Punjab Mental Hospital Lahore 1932-46 - 1932-1946
Year: 1932
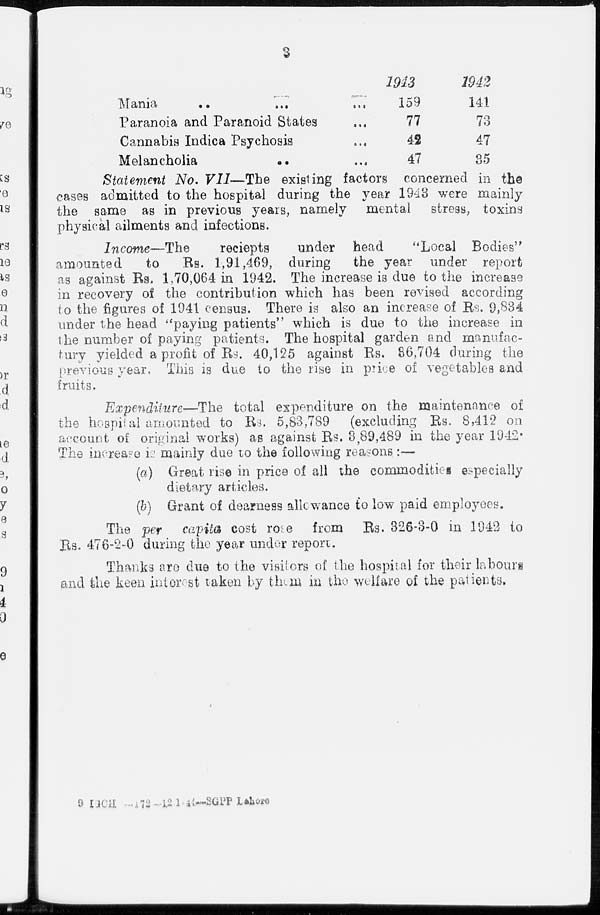
3
Mania
...
...
...
Paranoia and Paranoid States ...
Cannabis Indica Psychosis ...
Melancholia
...
...
1943
159
77
42
47
1942
141
73
47
35
Statement No. VII—The existing factors concerned in the
cases admitted to the hospital during the year 1943 were mainly
the same as in previous years, namely mental stress, toxins
physical ailments and infections.
Income—The
reciepts
under head
''Local Bodies"
amounted
to
Rs. 1,91,469, during
the year under report
as against Rs. 1,70,064 in 1942. The increase is due to the increase
in recovery of the contribution which has been revised according
to the figures of 1941 census. There is also an increase of Rs. 9,834
under the head "paying patients'' which is due to the increase in
the number of paying patients. The hospital garden and manufac-
tury yielded a profit of Rs. 40,125 against Rs. 36,704 during the
previous year. This is due to the rise in price of vegetables and
fruits.
Expenditure—The total expenditure on the maintenance of
the hospital amounted to Rs. 5,83,789
(excluding Rs. 8,412 on
account of original works) as against Rs. 3,89,489 in the year 19-12-
The increase is mainly due to the following reasons:—
(a) Great rise in price of all the commodities especially
dietary articles.
(b) Grant of dearness allowance to low paid employees.
The per capita cost rose from Rs. 326-3-0 in 1942 to
Rs. 476-2-0 during the year under report.
Thanks are due to the visitors of the hospital for their labours
and the keen interest taken by them in the welfare of the patients.